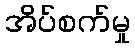
အိပ်စက်မှု